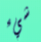
شيء